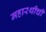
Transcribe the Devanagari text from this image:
महारथीची